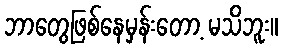
ဘာတွေဖြစ်နေမှန်းတော့ မသိဘူး။